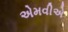
એમવીએ